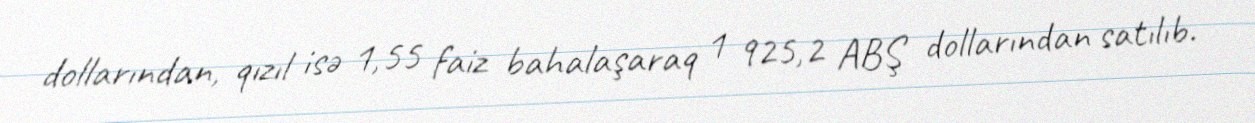
dollarından, qızıl isə 1,55 faiz bahalaşaraq 1 925,2 ABŞ dollarından satılıb.